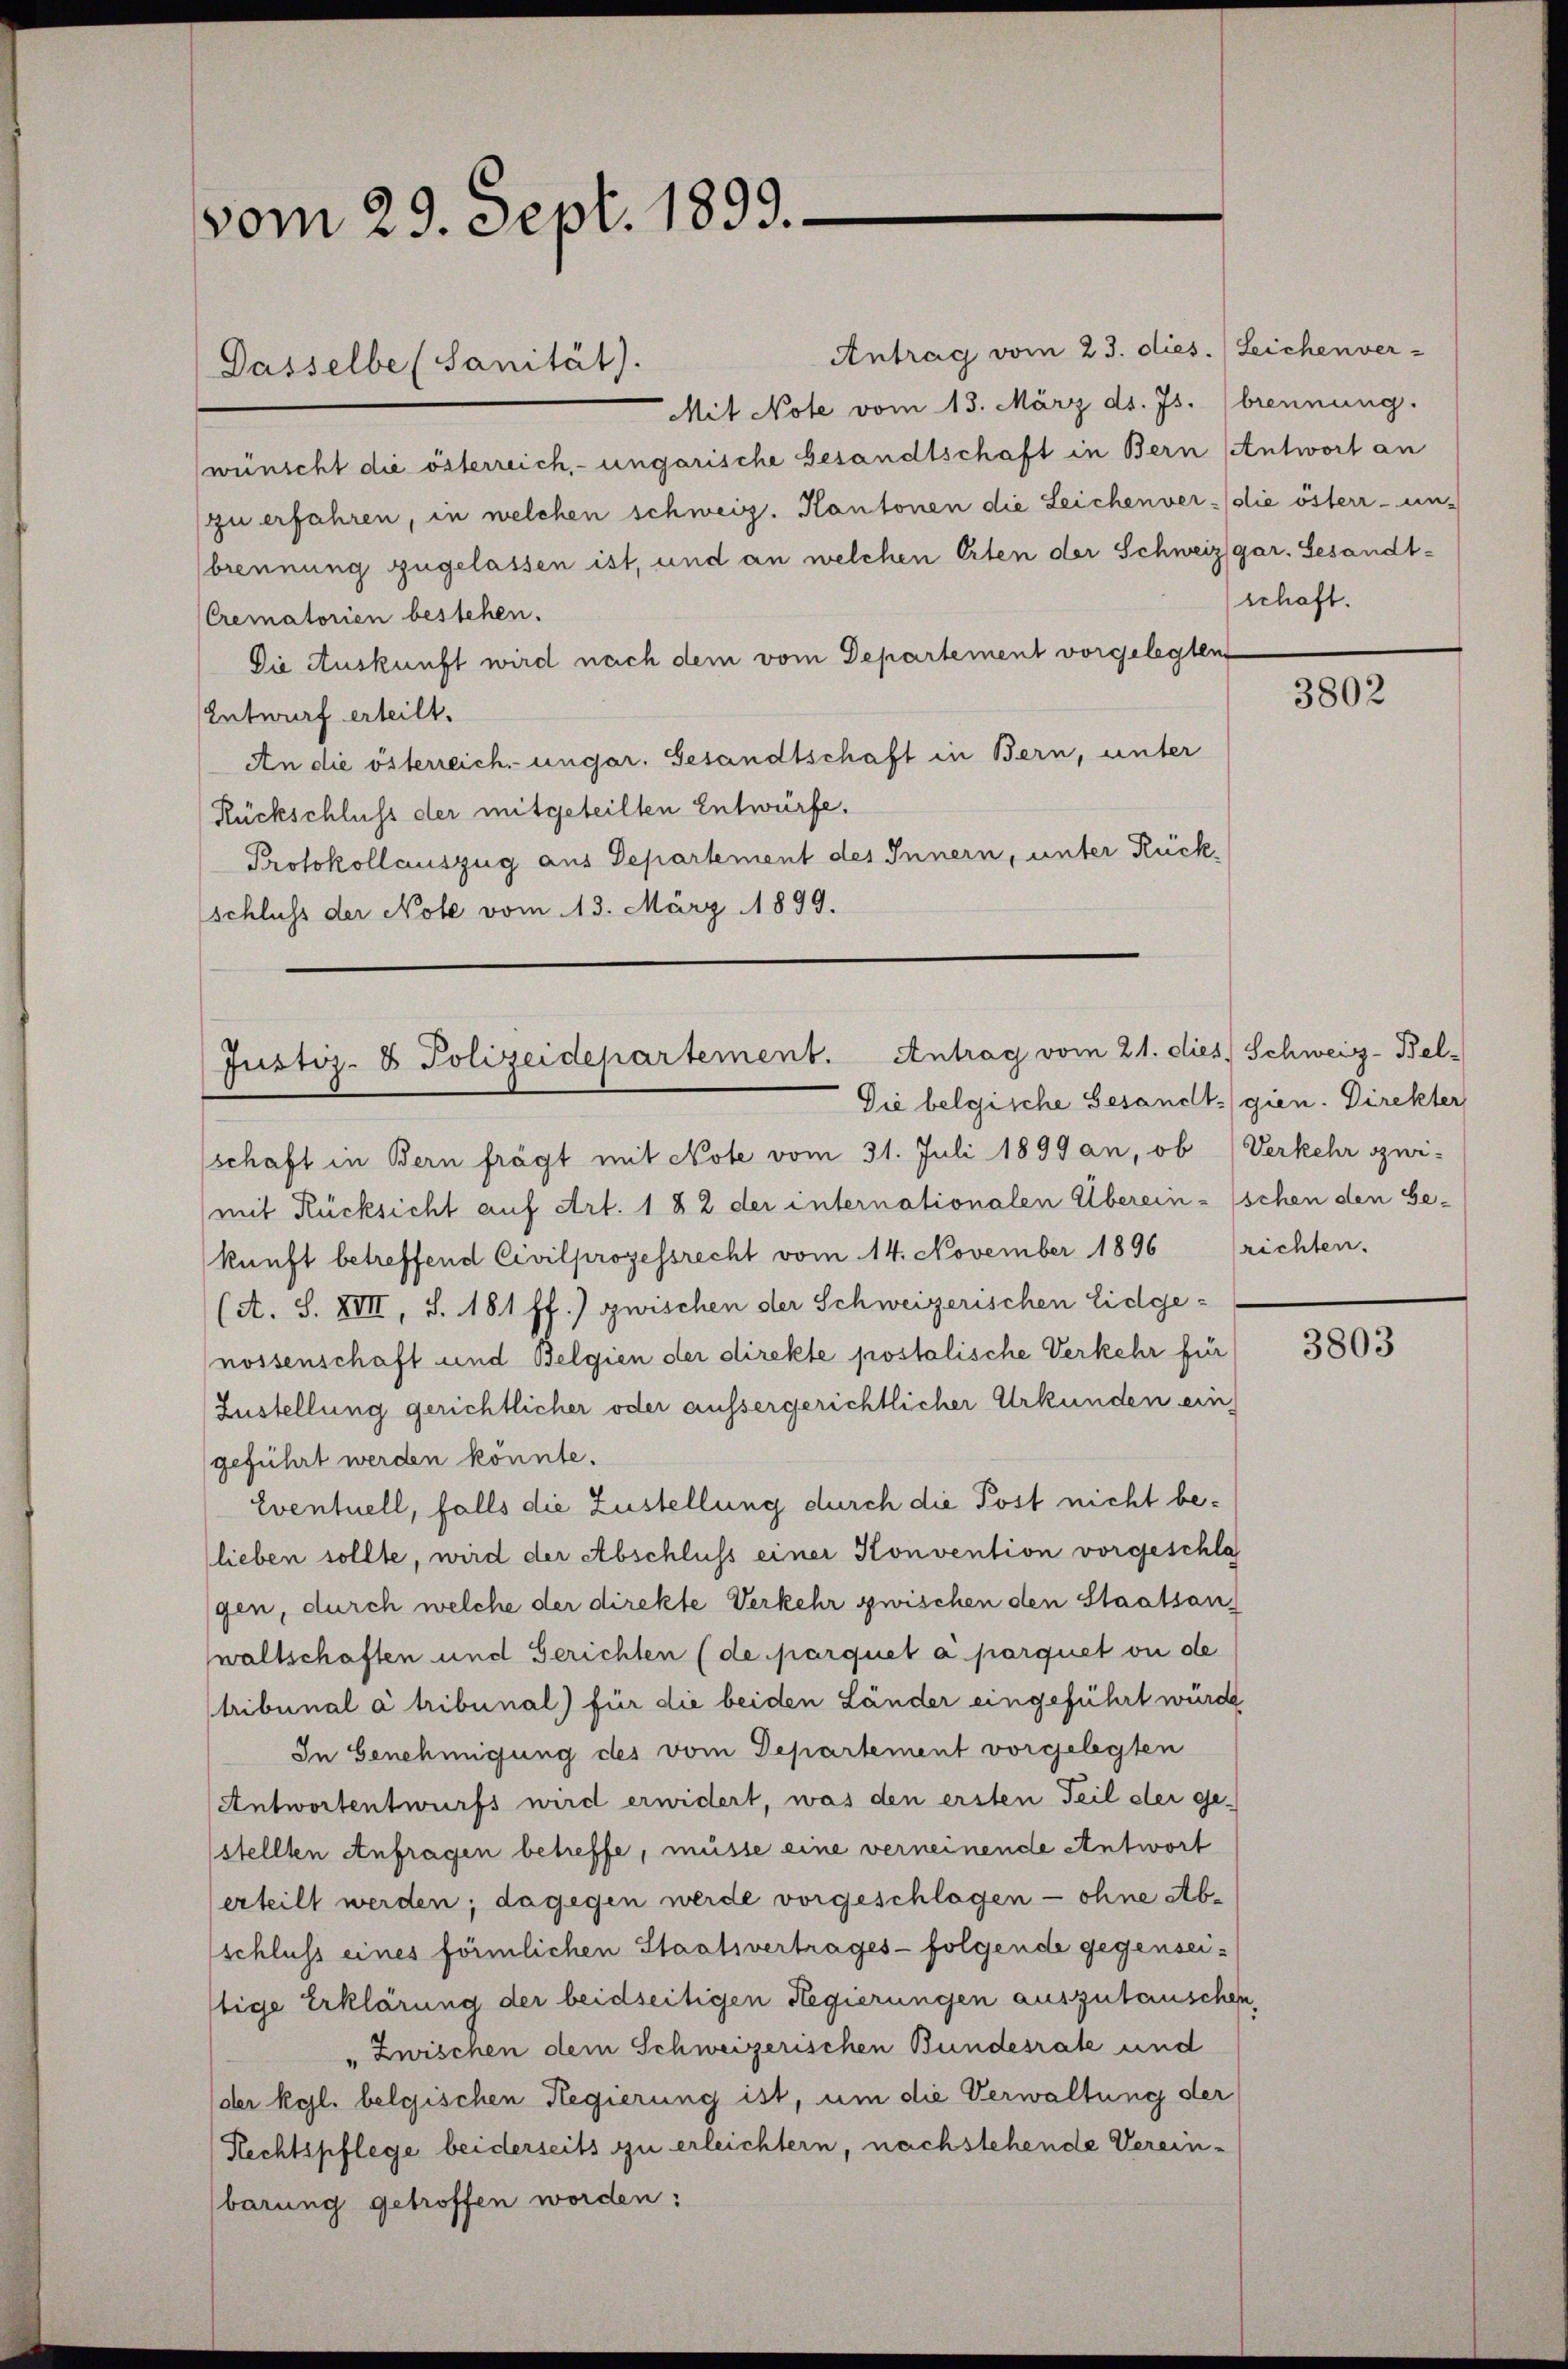
vom 29. Sept. 1899.

wünscht die österreich, ungarische besandtschaft in Bern (Antwort an
zu erfahren, in welchen schweiz. Kantonen die Leichenver- die öster- un
brennung zugelassen ist, und an welchen Erten der Schweiz gar. Gesandt¬
Crematorien bestehen.
Die Auskunft wird nach dem vom Departement vorgelegten
Entwurf erteilt.
An die österreich ungar. Gesandtschaft in Bern, unter
Rückschluss der mitgeteilten Entwürfe.
Protokollauszug aus Departement des Innern, unter Rückschluss der Note vom 13. März 1899.

Dasselbe (Sanität).

Justiz- & Polizeidepartement. Antrag vom 21. dies Schweiz-Bel-
Die belgische Gesandt gien. Direkter

Antrag vom 23. dies. Leichenver-
Mit Note vom 13. März ds. Js. brennung.

(schaft in Bern frägt mit Note vom 31. Juli 1899 an, ob (Verkehr zwi-
mit Rücksicht auf Art. 1 § 2 der internationalen Übereinschen den Ge-
kunft betreffend Civilprozessrecht vom 14. November 1896 (richten.
(A. S. XVII, S. 181 ff.) zwischen der Schweizerischen Eidgenossenschaft und Belgien der direkte postolische Verkehr für
Zustellung gerichtlicher oder aussergerichtlicher Urkunden ein
geführt werden könnte.
Eventuell, falls die Zustellung durch die Post nicht belieben sollte, wird der Abschluss einer Konvention vorgeschlag
gen, durch welche der direkte Verkehr zwischen den Staatsanwaltschaften und Gerichten (de parquet a parquet ou de
tribunal a tribunal) für die beiden Länder eingeführt wurde
In Genehmigung des vom Departement vorgelegten
Antwortentwurfs wird erwidert, was den ersten Teil der ge-
stellten Anfragen betreffe, müsse eine verneinende Antwort
erteilt werden; dagegen werde vorgeschlagen - ohne Ab-
schluss eines förmlichen Staatsvertrages- folgende gegenseistige Erklärung der beidseitigen Regierungen auszutauschen,
"Zwischen dem Schweizerischen Bundesrate und
(der Kgl. belgischen Regierung ist, um die Verwaltung der
Rechtspflege beiderseits zu erleichtern, nachstehende Vereinbarung getroffen worden:

schaft.

3802

3803